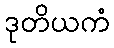
ဒုတိယကံ